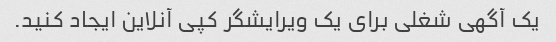
یک آگهی شغلی برای یک ویرایشگر کپی آنلاین ایجاد کنید.